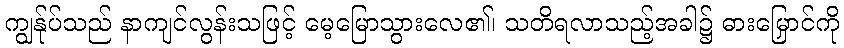
ကျွန်ုပ်သည် နာကျင်လွန်းသဖြင့် မေ့မြောသွားလေ၏၊ သတိရလာသည့်အခါ၌ ဓားမြှောင်ကို